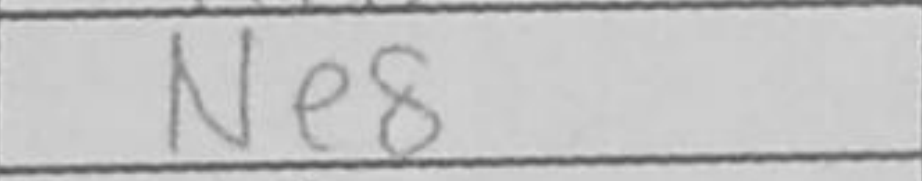
Transcription: Ne8